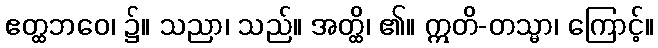
ဧတ္ထဘဝေ၊ ၌။ သညာ၊ သည်။ အတ္ထိ၊ ၏။ ဣတိ-တသ္မာ၊ ကြောင့်။